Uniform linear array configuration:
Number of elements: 48
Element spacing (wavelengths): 1
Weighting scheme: blackman
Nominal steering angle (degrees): -60
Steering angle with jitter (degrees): -60.654
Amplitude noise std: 0.05
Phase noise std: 0.05

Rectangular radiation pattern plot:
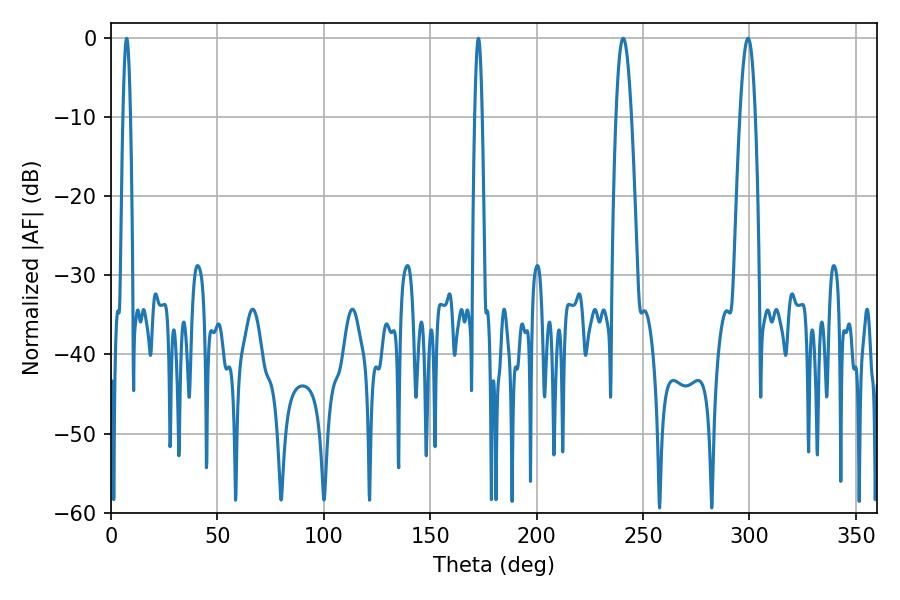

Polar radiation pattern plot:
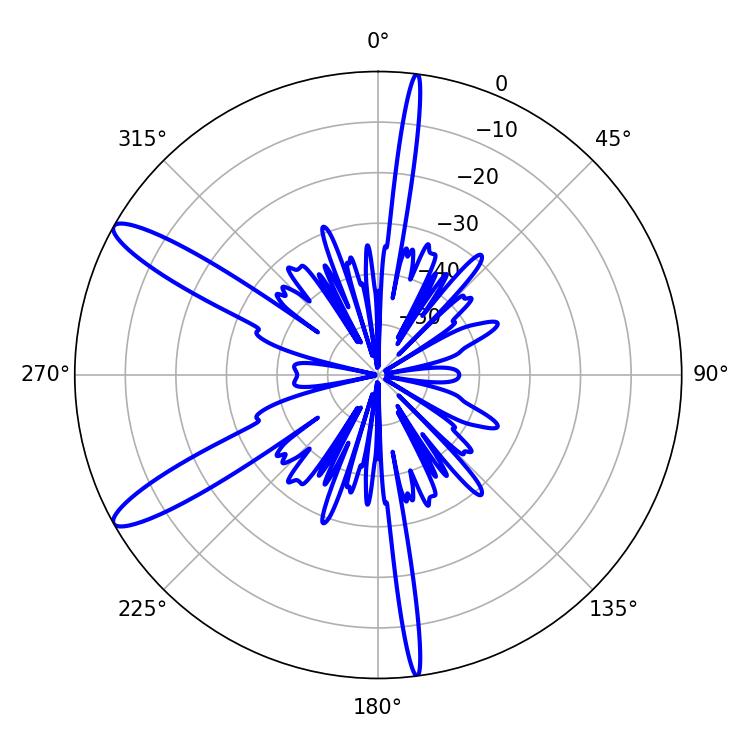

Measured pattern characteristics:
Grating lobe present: TRUE
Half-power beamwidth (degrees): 3.78
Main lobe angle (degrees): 240.66